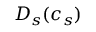
D _ { s } ( c _ { s } )